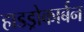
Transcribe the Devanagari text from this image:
हाडड्रोकार्बन